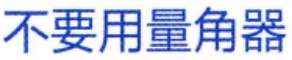
不要用量角器